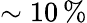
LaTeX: \sim 10\, \%